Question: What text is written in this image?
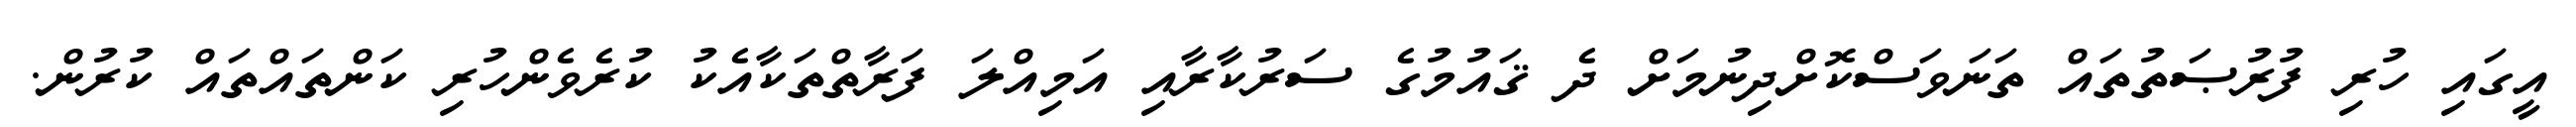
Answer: އީގައި ހުރި ފުރުޞަތުތައް ތަނަވަސްކޮށްދިނުމަށް ދެ ޤައުމުގެ ސަރުކާރާއި އަމިއްލަ ފަރާތްތަކާއެކު ކުރެވެންހުރި ކަންތައްތައް ކުރުން.